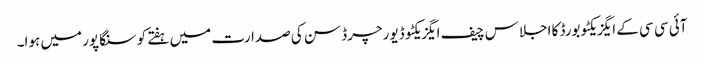
آئی سی سی کے ایگزیکٹو بورڈ کا اجلاس چیف ایگزیکٹو ڈیو رچرڈ سن کی صدارت میں ہفتے کو سنگاپور میں ہوا۔